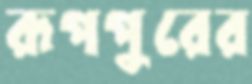
রূপপুরের